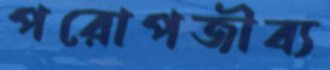
পরোপজীব্য